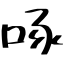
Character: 啄